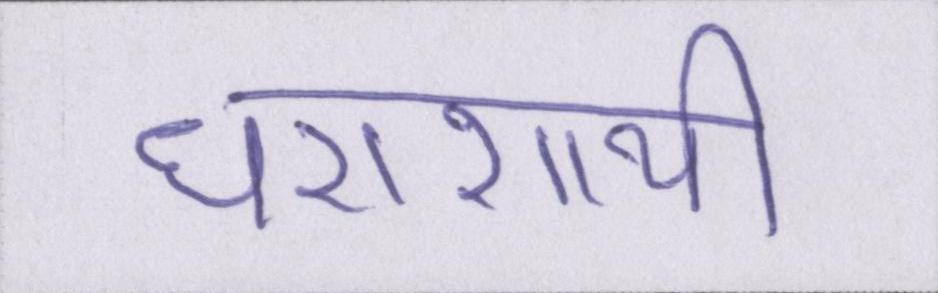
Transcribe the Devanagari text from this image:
धराशायी